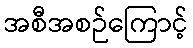
အစီအစဉ်ကြောင့်